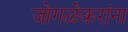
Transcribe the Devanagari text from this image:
जोगळेकरांना